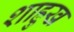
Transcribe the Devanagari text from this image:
शाह्रुख